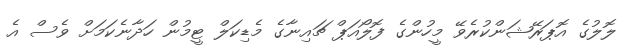
ލޮލުގެ އޮޕަރޭޝަންކުރެވޭ މީހުންގެ ފޮލޯއަޕް ޗައިނާގެ މެޑިކަލް ޓީމުން ހަދާނެކަމަށް ވެސް އެ